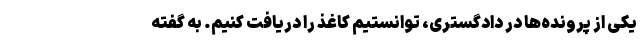
یکی از پرونده‌ها در دادگستری، توانستیم کاغذ را دریافت کنیم. به گفته